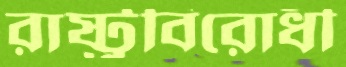
রাষ্ট্রবিরোধী